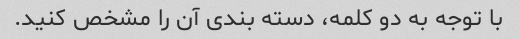
با توجه به دو کلمه، دسته بندی آن را مشخص کنید.